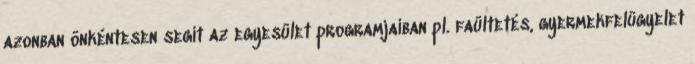
azonban önkéntesen segít az egyesület programjaiban pl. faültetés, gyermekfelügyelet